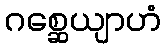
ဂစ္ဆေယျာဟံ